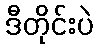
ဒီတိုင်းပဲ